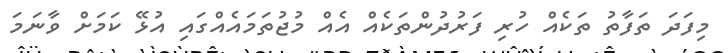
މިފަދަ ތަފާތު ތަކެއް ހުރި ފަރުދުންތަކެއް އެއް މުޖުތަމައެއްގައި އުޅޭ ކަމަށް ވާނަމަ